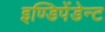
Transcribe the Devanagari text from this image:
इण्डिपेंडेन्ट